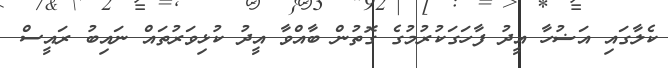
ކެލާގައި އަޟުހާ އީދު ފާހަގަކުރުމުގެ ގޮތުން ބާއްވާ އީދު ކުޅިވަރުތައް ނައިބު ރައީސް